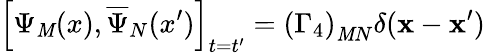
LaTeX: \left[\Psi_{\mathit{M}}(x),\overline{{{{\Psi}}}}_{N}(x^{\prime})\right]_{t=t^{\prime}}=\left(\Gamma_{4}\right)_{\mathit{M}N}\delta(\mathbf{{x}}-\mathbf{{x}}^{\prime})